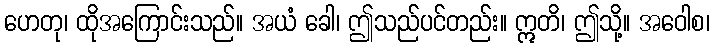
ဟေတု၊ ထိုအကြောင်းသည်။ အယံ ခေါ၊ ဤသည်ပင်တည်း။ ဣတိ၊ ဤသို့။ အဝေါစ၊